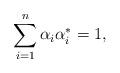
LaTeX: \begin{align*} \sum_{i=1}^n \alpha_i \alpha_i^* = 1,\end{align*}